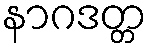
နာဂဒတ္တ